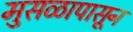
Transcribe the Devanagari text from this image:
मुसळापासून